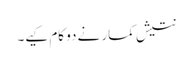
نتیش کمار نے دو کام کیے۔